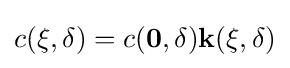
c({\bf {\xi }},\delta )=c({\bf {{0},\delta )k({\bf {\xi }},\delta )}}